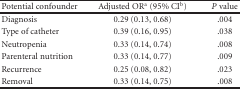
<table><thead><tr><td><b>Potential confounder</b></td><td><b>Adjusted OR<sup>a</sup> (95% CI<sup>b</sup>)</b></td><td><b><i>P</i> value</b></td></tr></thead><tbody><tr><td>Diagnosis</td><td>0.29 (0.13, 0.68)</td><td>.004</td></tr><tr><td>Type of catheter</td><td>0.39 (0.16, 0.95)</td><td>.038</td></tr><tr><td>Neutropenia</td><td>0.33 (0.14, 0.74)</td><td>.008</td></tr><tr><td>Parenteral nutrition</td><td>0.33 (0.14, 0.77)</td><td>.009</td></tr><tr><td>Recurrence</td><td>0.25 (0.08, 0.82)</td><td>.023</td></tr><tr><td>Removal</td><td>0.33 (0.14, 0.75)</td><td>.008</td></tr></tbody></table>